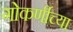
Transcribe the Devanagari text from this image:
गोकर्णीच्या